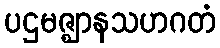
ပဌမဇ္ဈာနသဟဂတံ